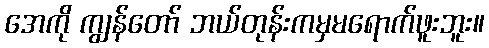
အေကို ကျွန်တော် ဘယ်တုန်းကမှမရောက်ဖူးဘူး။